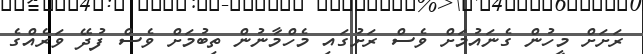
ރަށަށް މީހުން ގެނައުމަށް ވެސް ރަށުގައި މެހްމާނުން ތިބުމަށް ވެސް ފުދޭ ވަރެއްގެ